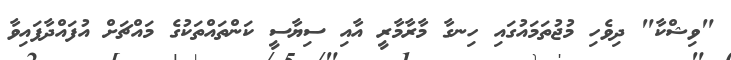
"ވިޝްކާ" ދިވެހި މުޖުތަމައުގައި ހިނގާ މާރާމާރީ އާއި ސިޔާސީ ކަންތައްތަކުގެ މައްޗަށް އުފައްދާފައިވާ